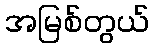
အမြစ်တွယ်